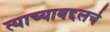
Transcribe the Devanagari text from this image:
त्याच्याबद्दलचे